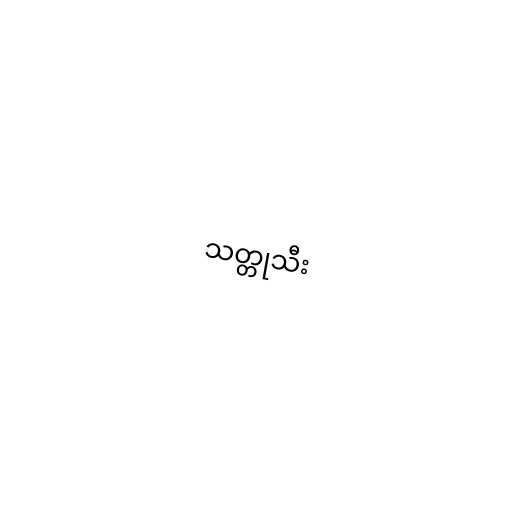
သတ္တုသီး